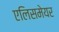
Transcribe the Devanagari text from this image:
एलिसमेयर